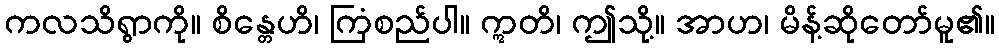
ကလသိရွာကို။ စိန္တေဟိ၊ ကြံစည်ပါ။ ဣတိ၊ ဤသို့။ အာဟ၊ မိန့်ဆိုတော်မူ၏။